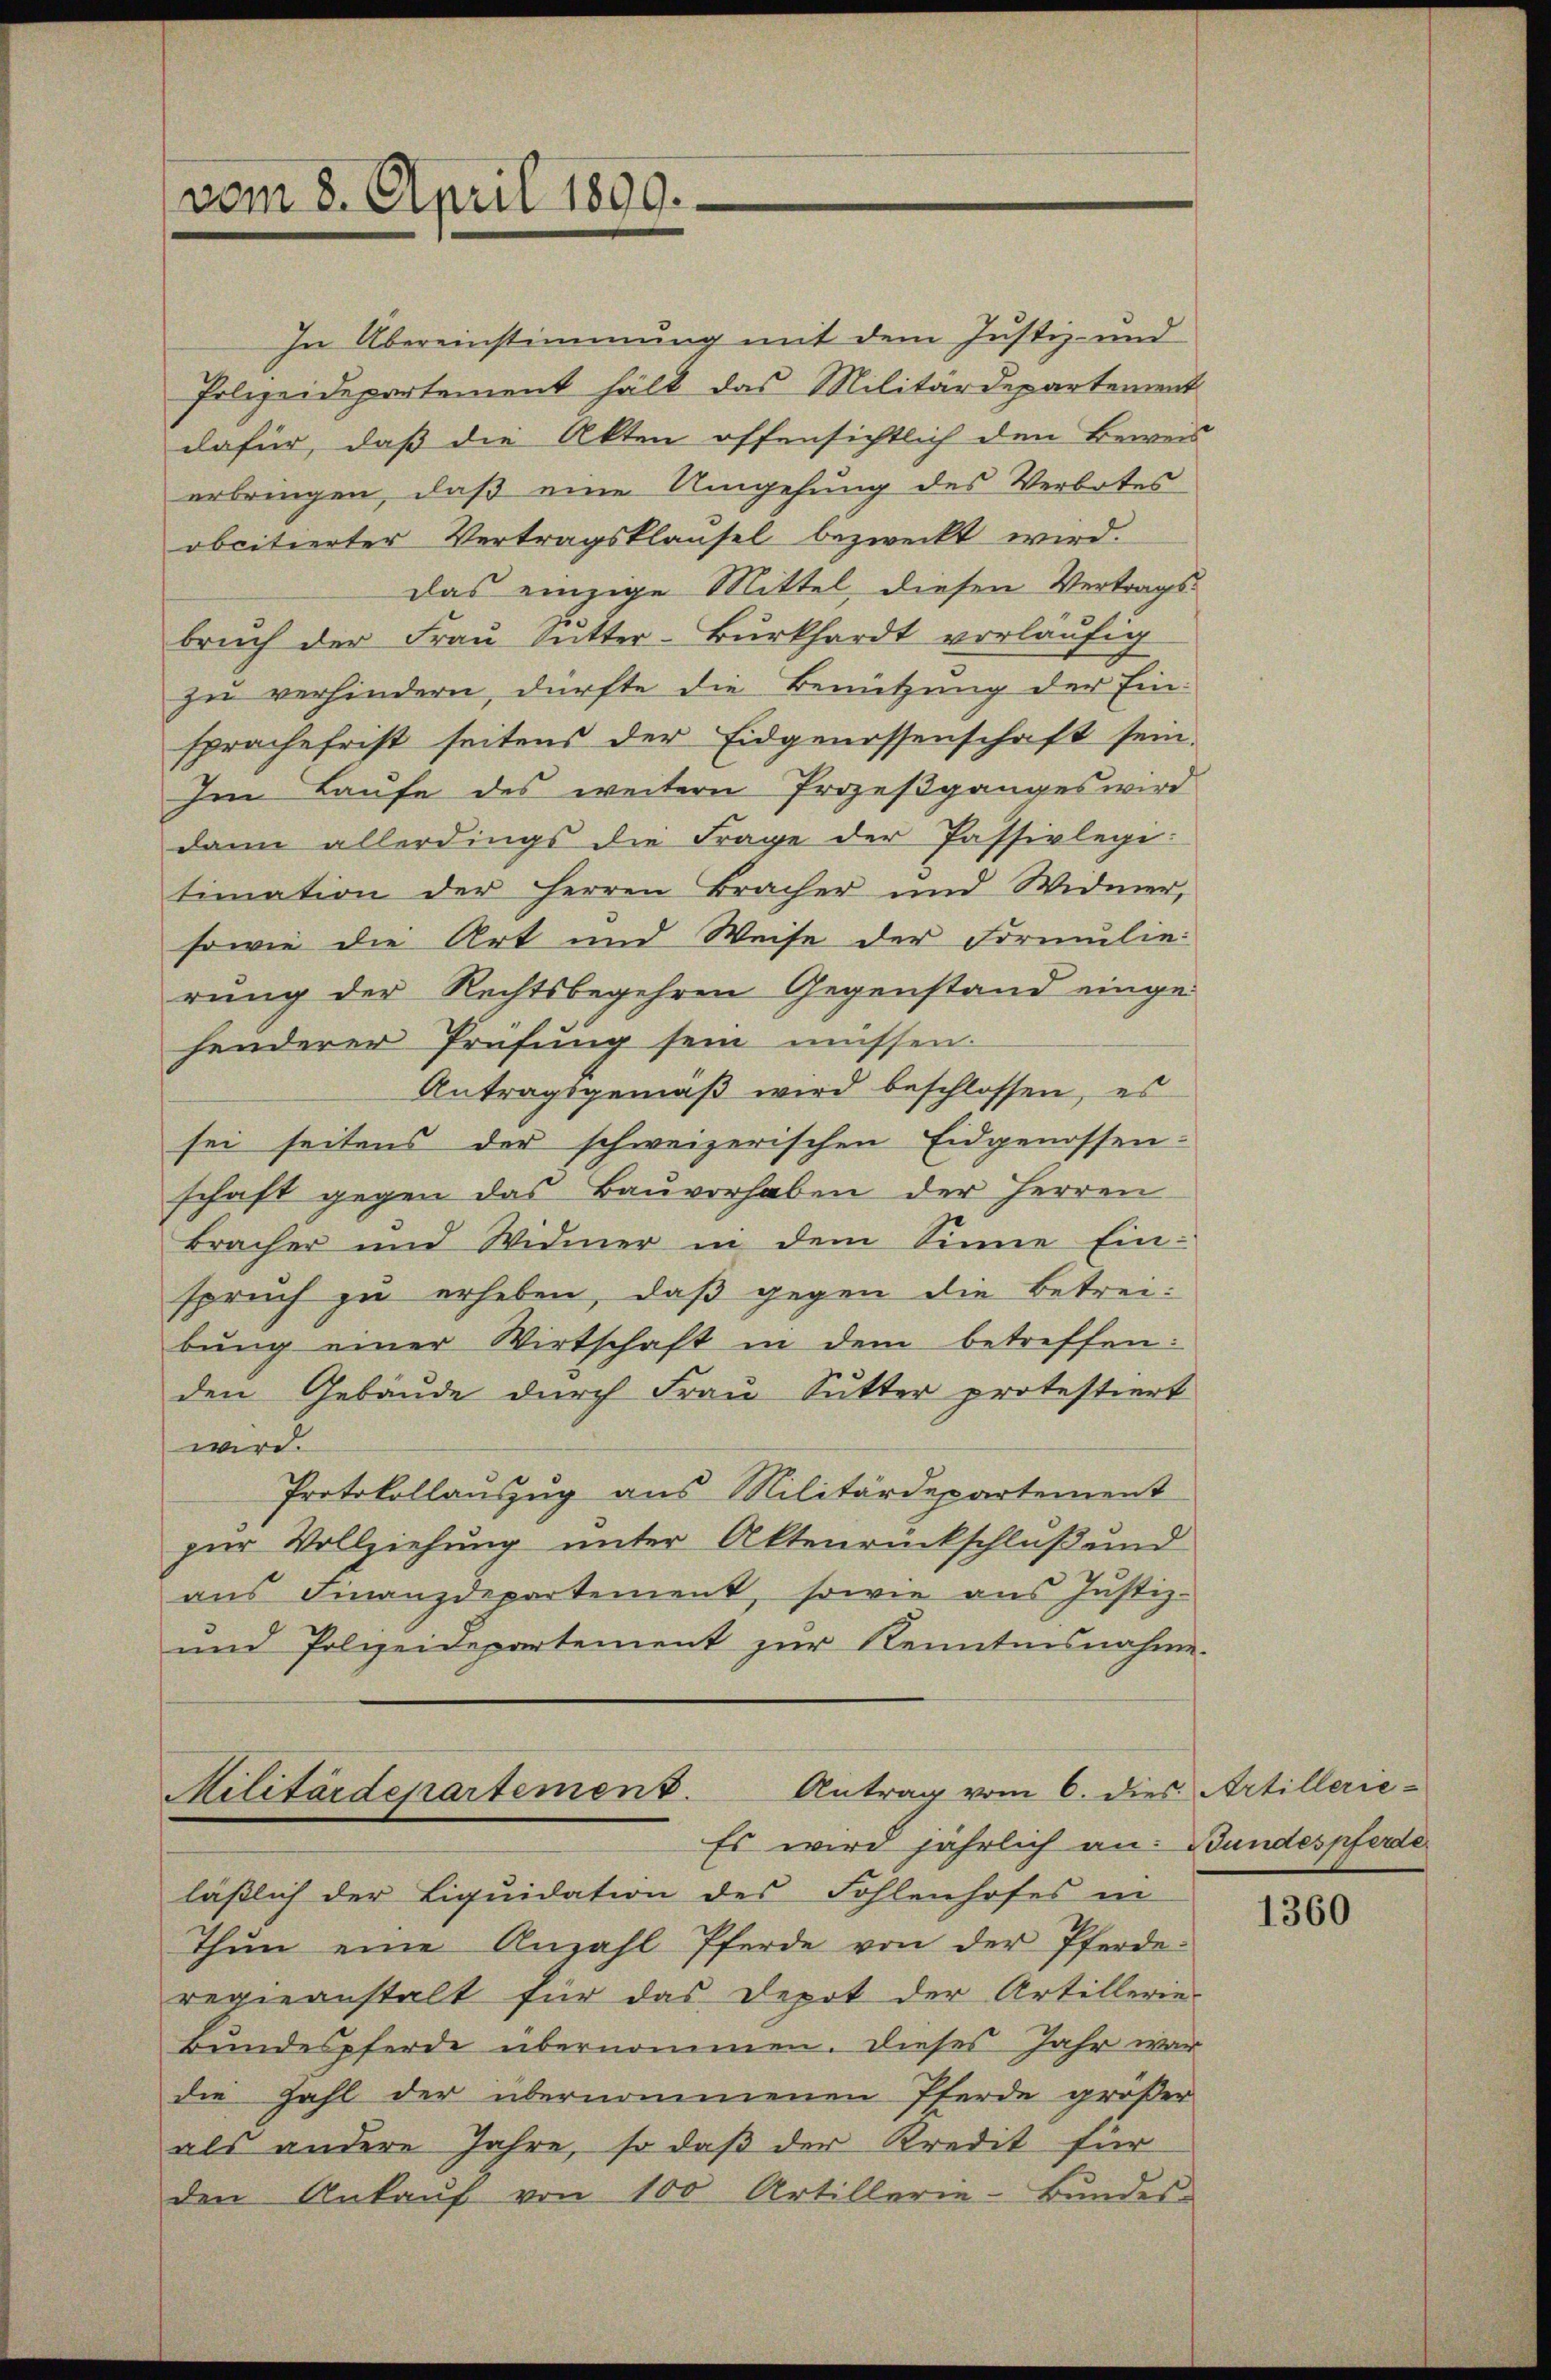
vom 8. April 1899.

In Übereinstimmung mit dem Justiz- und
Polizeidepartement hält das Militärdepartement
dafür, daß die Akten offensichtlich den Beweis
erbringen, daß eine Umgehung des Verbotes
obcitierter Vertragsklausel bezweckt wird.
das einzige Mittel diesen Vertragsbrŭch der Frau Sutter-Burkhardt vorläufig
zu verhindern, dürfte die Benützung der Einsprachefrist seitens der Eidgenossenschaft sein.
Im Laufe des weitern Prozeßganges wird
dann allerdings die Frage der Passivlegi-
timation der Herren Bracher und Widmer,
sowie die Art und Weise der Formulie
rung der Rechtsbegehren Gegenstand eingehenderer Prüfung sein müssen.
Antragsgemäß wird beschlossen, es
sei seitens der schweizerischen Eidgenossen:
schaft gegen das Bauvorhaben der Herren
Bracher und Widmer in dem Sinne Einspruch zu erheben, daß gegen die Betreibŭng einer Wirtschaft in dem betreffen:
den Gebäude durch Frau Sutter protestiert
wird.
Protokollauszug aus Militärdepartement
zur Vollziehung unter Aktenrückschluß und
aus Finanzdepartement, sowie aus Justiz-
und Polizeidepartement zur Kenntnisnahme.
Militärdepartement. Antrag vom 6. dies Artillerie-
Es wird jährlich an Bundespferde
läßlich der Liquidation des Fohlenhofes in
Thŭn eine Anzahl Pferde von der Pferde-
regieanstalt für das Depot der Artillerie-
Bundespferde übernommen. Dieses Jahr war
die Zahl der übernommenen Pferde größer
als andere Jahre, so daß der Kredit für
den Ankaŭf von 100 Artillerie-Bundes-

1360